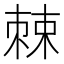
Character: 𪲸